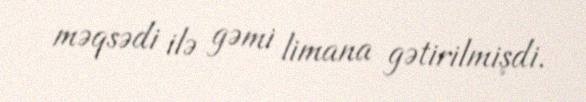
məqsədi ilə gəmi limana gətirilmişdi.